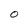
Character: 0